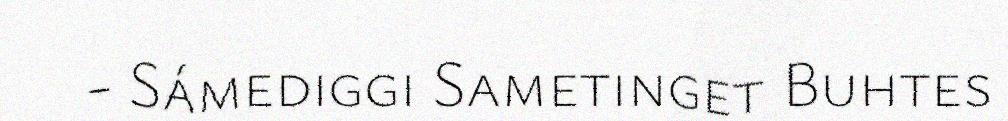
- Sámediggi Sametinget Buhtes